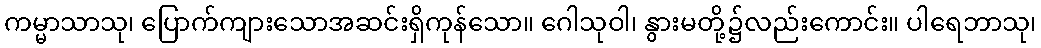
ကမ္မာသာသု၊ ပြောက်ကျားသောအဆင်းရှိကုန်သော။ ဂေါသုဝါ၊ နွားမတို့၌လည်းကောင်း။ ပါရေဘာသု၊